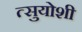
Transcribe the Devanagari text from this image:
त्सुयोशी